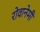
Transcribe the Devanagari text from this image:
रोवानेमी